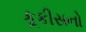
કૂકીસનો